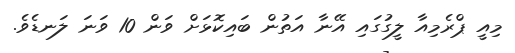
މިއީ ޕްރެމިއާ ލީގުގައި އޭނާ އަތުން ބައިކޮޅަށް ވަން 10 ވަނަ ލަނޑެވެ.